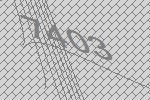
7403